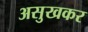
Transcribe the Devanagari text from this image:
असुखकर